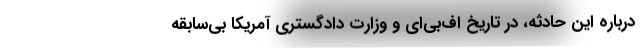
درباره این حادثه، در تاریخ اف‌بی‌ای و وزارت دادگستری آمریکا بی‌سابقه